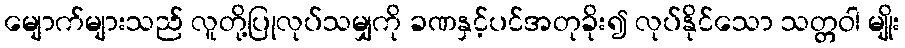
မျောက်များသည် လူတို့ပြုလုပ်သမျှကို ခဏနှင့်ပင်အတုခိုး၍ လုပ်နိုင်သော သတ္တဝါ မျိုး